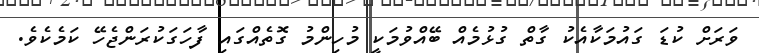
ވަރަށް ކުޑަ ގައުމަކާއެކު ގާތް ގުޅުމެއް ބޭއްވުމަކީ މުހިންމު ގޮތެއްގައި ފާހަގަކުރަންޖެހޭ ކަމެކެވެ.